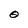
Character: O